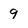
Character: 9